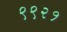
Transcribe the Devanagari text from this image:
९९२१